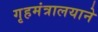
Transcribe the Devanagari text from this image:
गृहमंत्रालयाने